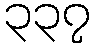
၃၃၇